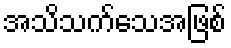
အသိသက်သေအဖြစ်